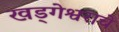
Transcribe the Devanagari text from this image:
खड्गेश्वराचे